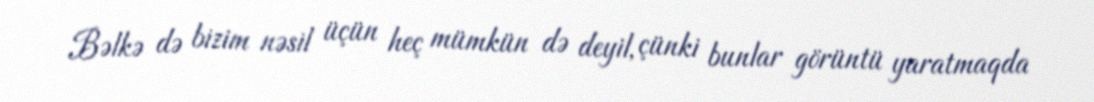
Bəlkə də bizim nəsil üçün heç mümkün də deyil, çünki bunlar görüntü yaratmaqda